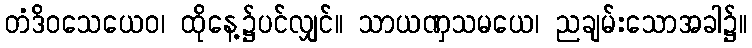
တံဒိဝသေယေဝ၊ ထိုနေ့၌ပင်လျှင်။ သာယဏှသမယေ၊ ညချမ်းသောအခါ၌။